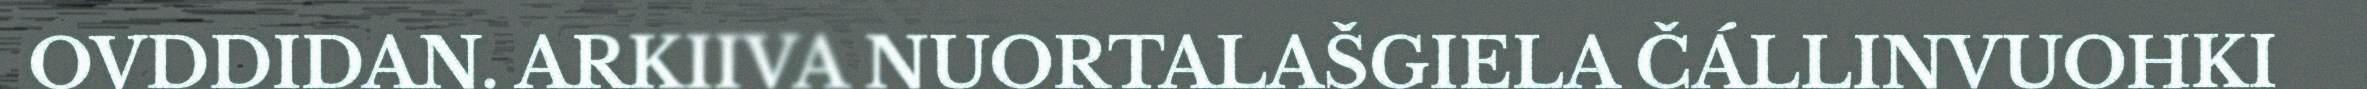
OVDDIDAN. ARKIIVA NUORTALAŠGIELA ČÁLLINVUOHKI